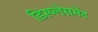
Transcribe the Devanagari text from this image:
डिस्प्लेसमेंट